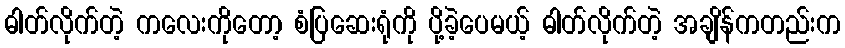
ဓါတ်လိုက်တဲ့ ကလေးကိုတော့ စံပြဆေးရုံကို ပို့ခဲ့ပေမယ့် ဓါတ်လိုက်တဲ့ အချိန်ကတည်းက